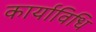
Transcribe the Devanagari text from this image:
कार्याविधि